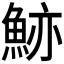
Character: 𩷉